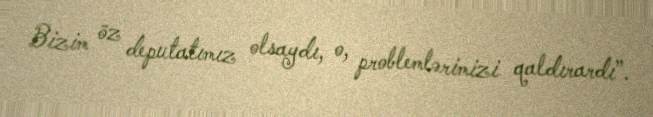
Bizim öz deputatımız olsaydı, o, problemlərimizi qaldırardı”.